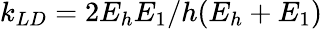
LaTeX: k_{LD}=2E_{h}E_{1}/h(E_{h}+E_{1})